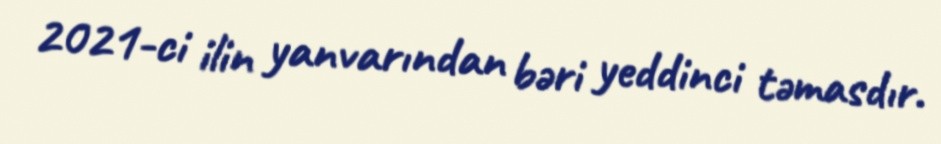
2021-ci ilin yanvarından bəri yeddinci təmasdır.